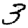
Digit: 3